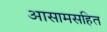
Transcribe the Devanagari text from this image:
आसामसहित